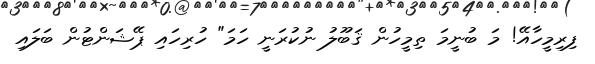
ފިރިމީހާއޭ! މަ ބުނީމަ ތިމީހުން ޤަބޫލު ނުކުރަނީ ހަމަ" ހުރިހައި ޕޭޝަންޓުން ބަލައި